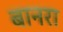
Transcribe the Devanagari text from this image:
बानरा